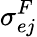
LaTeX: \sigma_{ej}^{F}